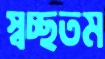
স্বচ্ছতম